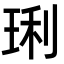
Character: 琍